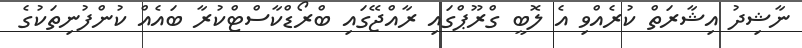
ނާޝިދު އިޝާރަތް ކުރެއްވި އެ ލޮބީ ގްރޫޕްގައި ރާއްޖޭގައި ބްރޯޑްކާސްޓްކުރާ ބައެއް ކުންފުނިތަކުގެ